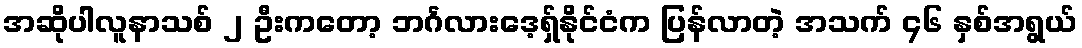
အဆိုပါလူနာသစ် ၂ ဦးကတော့ ဘင်္ဂလားဒေ့ရှ်နိုင်ငံက ပြန်လာတဲ့ အသက် ၄၆ နှစ်အရွယ်